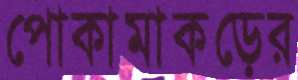
পোকামাকড়ের